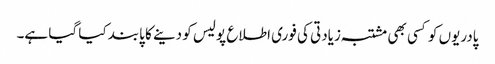
پادریوں کو کسی بھی مشتبہ زیادتی کی فوری اطلاع پولیس کو دینے کا پابند کیا گیا ہے۔